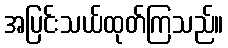
အပြင်းသယ်ထုတ်ကြသည်။